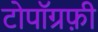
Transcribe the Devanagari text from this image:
टोपॉग्रफ़ी